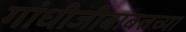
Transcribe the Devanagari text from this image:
गांधीजीबाबतच्या